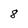
Character: 8